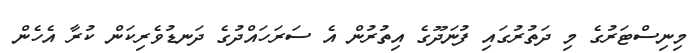
މިނިސްޓަރުގެ މި ދަތުރުގައި ފުނަދޫގެ އިތުރުން އެ ސަރަހައްދުގެ ދަނޑުވެރިކަން ކުރާ އެހެން